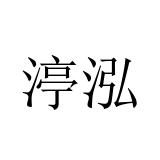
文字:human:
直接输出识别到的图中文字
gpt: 渟泓